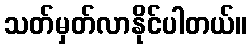
သတ်မှတ်လာနိုင်ပါတယ်။